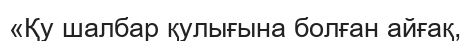
«Қу шалбар қулығына болған айғақ,